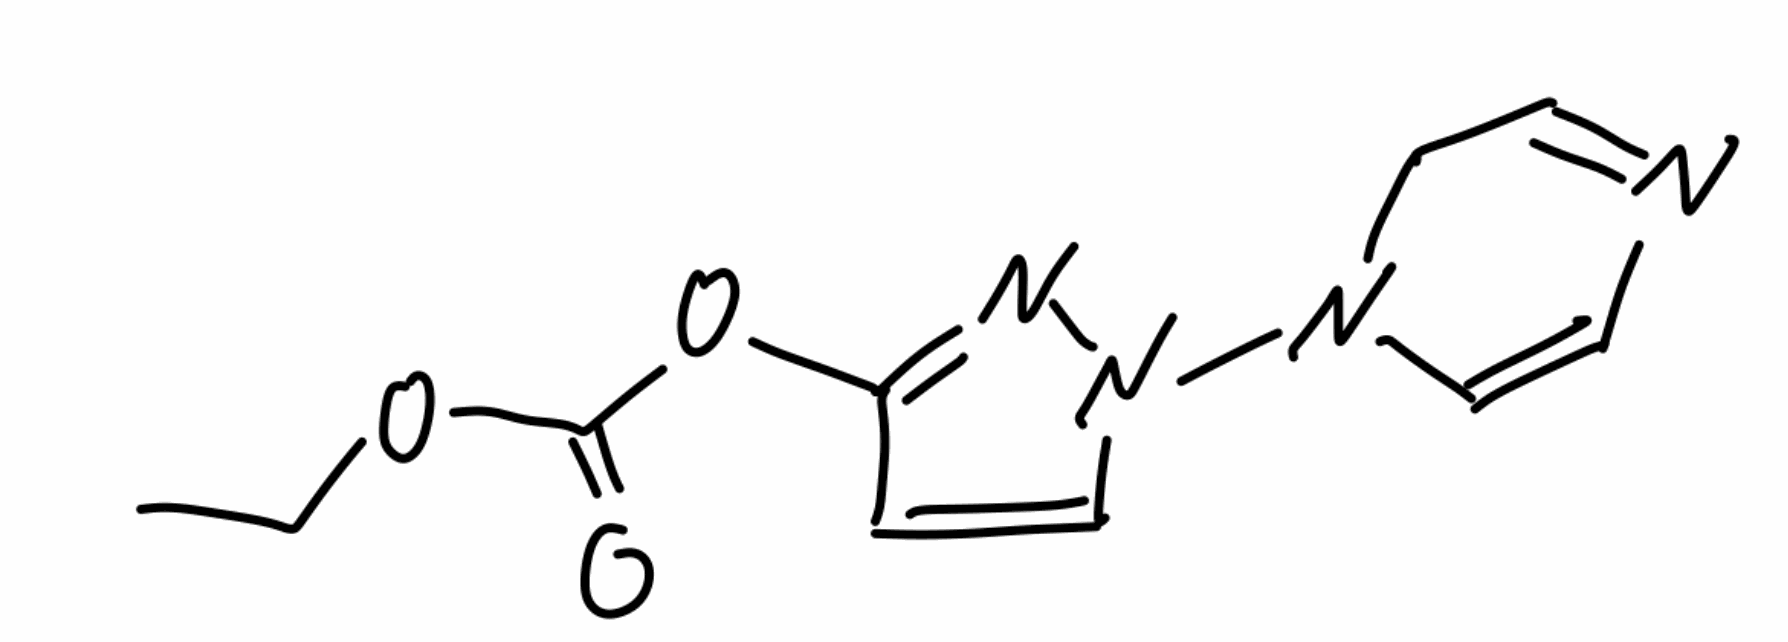
Simplified molecular-input line-entry system (SMILES) notation of the given molecule:
CCOC(=O)OC1=NN(C=C1)N2CC=NC=C2